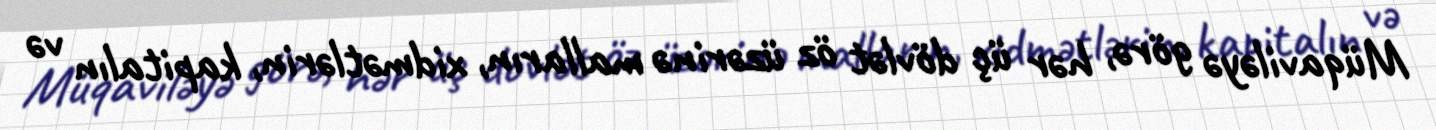
Müqaviləyə görə, hər üç dövlət öz üzərinə malların, xidmətlərin, kapitalın və